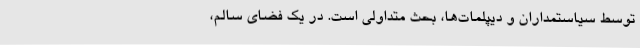
توسط سیاستمداران و دیپلمات‌ها، بحث متداولی است. در یک فضای سالم،